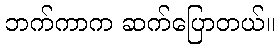
ဘက်ကာက ဆက်ပြောတယ်။